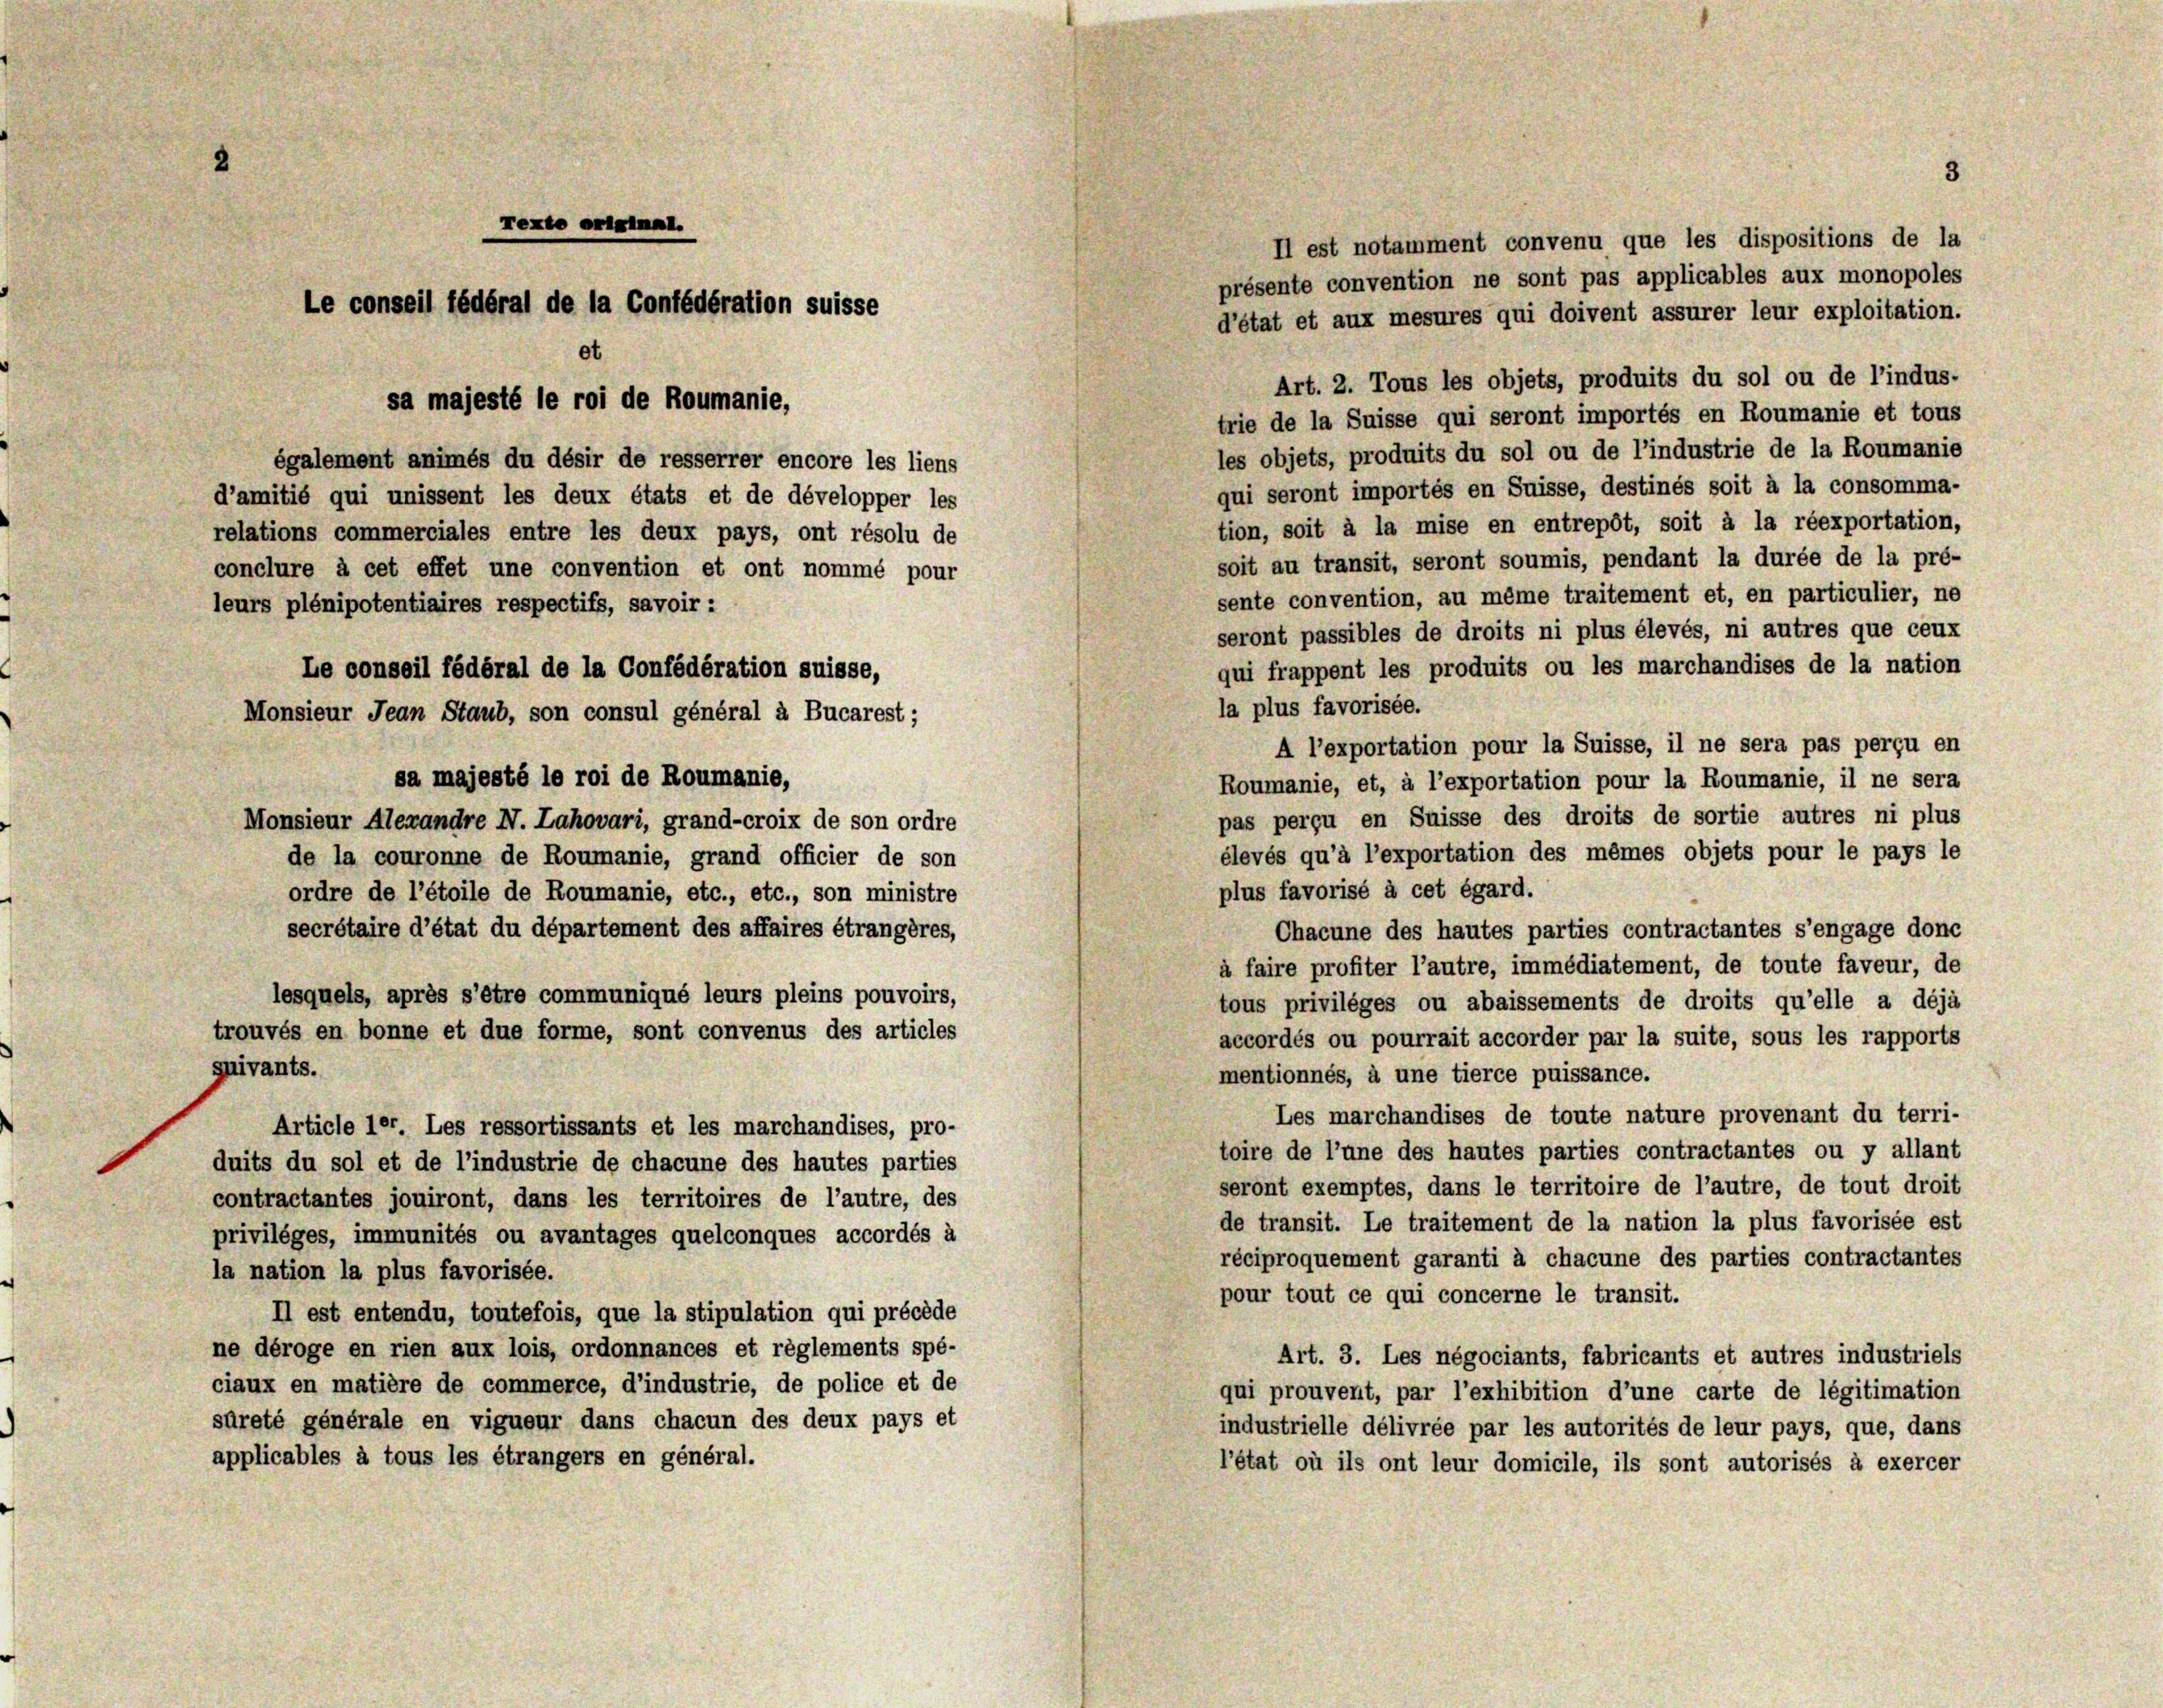
Il est notamment convenu que les dispositions de la
présente convention ne sont pas applicables aux monopoles
d’état et aux mesures qui doivent assurer leur exploitation.
Art. 2. Tous les objets, produits du sol ou de l’indus-
trie de la Suisse qui seront importés en Roumanie et tous
les objets, produits du sol ou de l’industrie de la Roumanie
également animés du désir de resserrer encore les liens
qui seront importés en Suisse, destinés soit à la consomma-
d’amitié qui unissent les deux états et de développer les
tion, soit à la mise en entrepôt, soit à la réexportation,
relations commerciales entre les deux pays, ont résolu de
soit au transit, seront soumis, pendant la durée de la pré-
conclure à cet effet une convention et ont nommé pour
sente convention, au même traitement et, en particulier, ne
leurs plénipotentiaires respectifs, savoir :
seront passibles de droits ni plus élevés, ni autres que ceux
qui frappent les produits ou les marchandises de la nation
Le conseil fédéral de la Confédération suisse,
la plus favorisée.
A l’exportation pour la Suisse, il ne sera pas perçu en
Roumanie, et, à l’exportation pour la Roumanie, il ne sera
pas perçu en Suisse des droits de sortie autres ni plus
Monsieur Alexandre N. Lahovari, grand-croix de son ordre
élevés qu’à l’exportation des mêmes objets pour le pays le
de la couronne de Roumanie, grand officier de son
plus favorisé à cet égard.
ordre de l’étoile de Roumanie, etc., etc., son ministre
secrétaire d’état du département des affaires étrangères,
Chacune des hautes parties contractantes s’engage donc
à faire profiter l’autre, immédiatement, de toute faveur, de
lesquels, après s’être communiqué leurs pleins pouvoirs,
tous privilèges ou abaissements de droits qu’elle a déjà
trouvés en bonne et due forme, sont convenus des articles
accordés ou pourrait accorder par la suite, sous les rapports
quivants.
mentionnés, à une tierce puissance.
Les marchandises de toute nature provenant du terri-
Article ler. Les ressortissants et les marchandises, pro-
toire de l’une des hautes parties contractantes ou y allant
duits du sol et de l’industrie de chacune des hautes parties
seront exemptes, dans le territoire de l’autre, de tout droit
contractantes jouiront, dans les territoires de l’autre, des
de transit. Le traitement de la nation la plus favorisée est
privilèges, immunités ou avantages quelconques accordés à
réciproquement garanti à chacune des parties contractantes
la nation la plus favorisée.
pour tout ce qui concerne le transit.
Il est entendu, toutefois, que la stipulation qui précède
ne déroge en rien aux lois, ordonnances et règlements spé-
Art. 3. Les négociants, fabricants et autres industriels
ciaux en matière de commerce, d’industrie, de police et de
qui prouvent, par l’exhibition d’une carte de légitimation
sûreté générale en vigueur dans chacun des deux pays et
industrielle délivrée par les autorités de leur pays, que, dans
applicables à tous les étrangers en général.
l’état où ils ont leur domicile, ils sont autorisés à exercer

Monsieur Jean Staub, son consul général à Bucarest;

Text ORIFTRAL.
Le conseil fédéral de la Confédération suisse
sa majesté le roi de Roumanie,

sa majesté le roi de Roumanie,

3